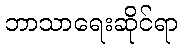
ဘာသာရေးဆိုင်ရာ